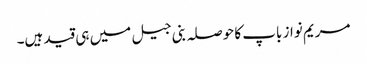
مریم نواز باپ کا حوصلہ بنی جیل میں ہی قید ہیں۔